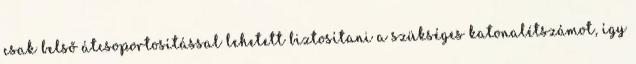
csak belső átcsoportosítással lehetett biztosítani a szükséges katonalétszámot, így